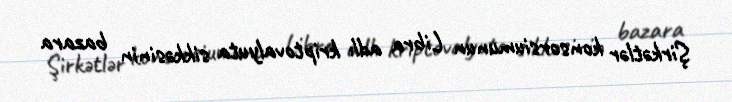
Şirkətlər konsorsiumunun Libra adlı kriptovalyuta sikkəsinin bazara